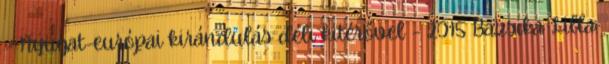
– Nyugat-európai kirándulás déli kitérővel – 2015 Bazsika Lilla: